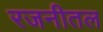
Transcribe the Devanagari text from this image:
रजनीतल